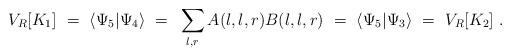
LaTeX: \begin{align*}V_R[K_1]~=~\langle \Psi_5| \Psi_4 \rangle~=~\sum_{l,r} A(l,l,r)B(l,l,r)~=~\langle \Psi_5| \Psi_3 \rangle~=~V_R[K_2]~.\end{align*}